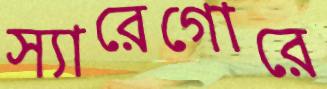
স্যারেগোরে